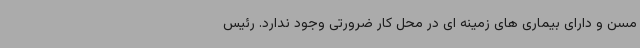
مسن و دارای بیماری های زمینه ای در محل کار ضرورتی وجود ندارد. رئیس